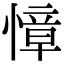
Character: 慞